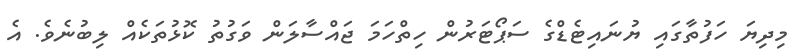
މިދިޔަ ހަފުތާގައި ޔުނައިޓެޑްގެ ސަޕޯޓަރުން ހިތްހަމަ ޖައްސާލަން ވަގުތު ކޮޅުތަކެއް ލިބުނެވެ. އެ